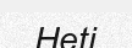
Heti